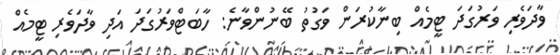
ވާދަވެރި ވަރުގަދަ ޓީމެއް ބިނާކުރަން ވަގުތު ބޭނުންވާނެ: ހާބަޓްވަރުގަދަ އަދި ވާދަވެރި ޓީމެއް